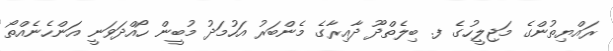
ރައްޔިތުންގެ މަޖިލީހުގެ ފ. ބިލެތްދޫ ދާއިރާގެ މެންބަރު އަހުމަދު މުބީން ހޯއްދަވަނީ އަންހެނެއްތޯ